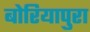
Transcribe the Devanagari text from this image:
बोरियापुरा